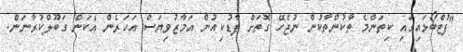
"ފުޓްބޯޅައިގައި ކިތަންމެ ތާކުންތާކުން ނުޖެހޭ ގޮތަށް ފާޑުކިއުން އަމާޒުވިޔަސް އަހަރެން އެކަން ގަބޫލްކުރާނަން.